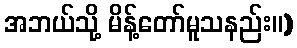
အဘယ်သို့ မိန့်တော်မူသနည်း။)